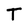
Character: T